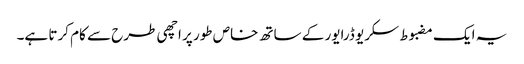
یہ ایک مضبوط سکریو ڈرایور کے ساتھ خاص طور پر اچھی طرح سے کام کرتا ہے۔